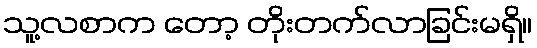
သူ့လစာက တော့ တိုးတက်လာခြင်းမရှိ။